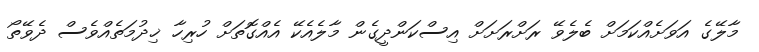
މާލޭގެ އަވަށެއްކަމަށް ބެލެވޭ ރަށްރަށަށް އިސްކަންދީގެން މާލެއެކޭ އެއްގޮތަށް ހުރިހާ ޚިދުމަތެއްވެސް ދެވޭތޯ